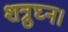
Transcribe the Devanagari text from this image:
शत्रुघ्न।